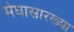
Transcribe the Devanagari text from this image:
मेघासारख्या